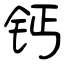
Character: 钙